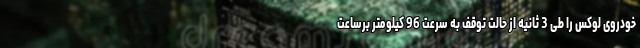
خودروی لوکس را طی 3 ثانیه از حالت توقف به سرعت 96 کیلومتر برساعت